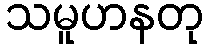
သမူဟနတု